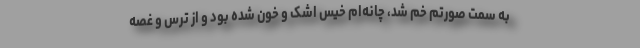
به سمت صورتم خم شد، چانه‌ام خیسِ اشک و خون شده بود و از ترس و غصه